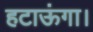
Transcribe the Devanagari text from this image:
हटाऊंगा।